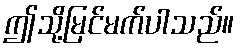
ဤသို့မြင်မက်ပါသည်။